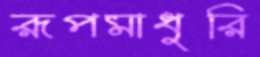
রূপমাধুরি